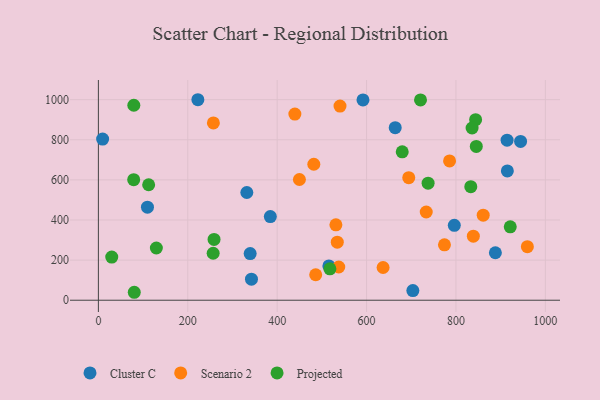
{"axis": {"x": "Price", "y": "Yield"}, "legend": ["Cluster C", "Projected", "Scenario 2"], "data": [{"x": "342.5", "y": 104.9, "type": "Cluster C"}, {"x": "109.8", "y": 464.2, "type": "Cluster C"}, {"x": "944.6", "y": 791.9, "type": "Cluster C"}, {"x": "9.5", "y": 803.4, "type": "Cluster C"}, {"x": "592.0", "y": 998.9, "type": "Cluster C"}, {"x": "515.7", "y": 170.9, "type": "Cluster C"}, {"x": "796.3", "y": 373.4, "type": "Cluster C"}, {"x": "384.7", "y": 417.1, "type": "Cluster C"}, {"x": "703.6", "y": 47.9, "type": "Cluster C"}, {"x": "914.4", "y": 797.9, "type": "Cluster C"}, {"x": "888.2", "y": 236.8, "type": "Cluster C"}, {"x": "222.6", "y": 999.8, "type": "Cluster C"}, {"x": "915.0", "y": 644.5, "type": "Cluster C"}, {"x": "339.6", "y": 232.6, "type": "Cluster C"}, {"x": "664.1", "y": 860.3, "type": "Cluster C"}, {"x": "332.1", "y": 537.2, "type": "Cluster C"}, {"x": "531.4", "y": 376.0, "type": "Scenario 2"}, {"x": "257.3", "y": 884.1, "type": "Scenario 2"}, {"x": "774.3", "y": 276.4, "type": "Scenario 2"}, {"x": "959.8", "y": 267.2, "type": "Scenario 2"}, {"x": "482.0", "y": 678.0, "type": "Scenario 2"}, {"x": "838.9", "y": 319.6, "type": "Scenario 2"}, {"x": "694.4", "y": 611.2, "type": "Scenario 2"}, {"x": "637.0", "y": 163.2, "type": "Scenario 2"}, {"x": "537.8", "y": 165.7, "type": "Scenario 2"}, {"x": "785.7", "y": 694.4, "type": "Scenario 2"}, {"x": "486.2", "y": 127.0, "type": "Scenario 2"}, {"x": "733.5", "y": 439.9, "type": "Scenario 2"}, {"x": "540.6", "y": 968.3, "type": "Scenario 2"}, {"x": "534.5", "y": 289.6, "type": "Scenario 2"}, {"x": "861.0", "y": 424.2, "type": "Scenario 2"}, {"x": "439.6", "y": 928.1, "type": "Scenario 2"}, {"x": "449.8", "y": 602.0, "type": "Scenario 2"}, {"x": "844.0", "y": 900.4, "type": "Projected"}, {"x": "79.0", "y": 601.1, "type": "Projected"}, {"x": "79.3", "y": 972.2, "type": "Projected"}, {"x": "80.3", "y": 39.6, "type": "Projected"}, {"x": "258.8", "y": 303.0, "type": "Projected"}, {"x": "836.1", "y": 858.9, "type": "Projected"}, {"x": "518.0", "y": 156.6, "type": "Projected"}, {"x": "29.9", "y": 215.2, "type": "Projected"}, {"x": "679.8", "y": 739.8, "type": "Projected"}, {"x": "737.7", "y": 583.5, "type": "Projected"}, {"x": "129.7", "y": 260.4, "type": "Projected"}, {"x": "112.5", "y": 575.8, "type": "Projected"}, {"x": "256.8", "y": 234.3, "type": "Projected"}, {"x": "845.5", "y": 766.7, "type": "Projected"}, {"x": "720.7", "y": 998.9, "type": "Projected"}, {"x": "833.2", "y": 566.0, "type": "Projected"}, {"x": "921.5", "y": 366.2, "type": "Projected"}]}